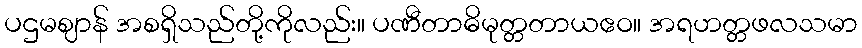
ပဌမဈာန် အစရှိသည်တို့ကိုလည်း။ ပဏီတာဓိမုတ္တတာယဧဝ။ အရဟတ္တဖလသမာ